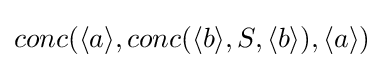
conc(\langle a\rangle ,conc(\langle b\rangle ,S,\langle b\rangle ),\langle a\rangle )